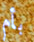
بأم